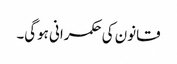
قانون کی حکمرانی ہوگی۔